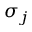
\sigma _ { j }